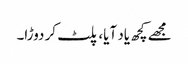
مجھے کچھ یاد آیا، پلٹ کر دوڑا۔